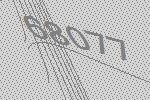
68077